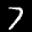
Label: 7